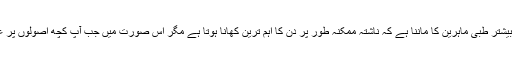
درحقیقت بیشتر طبی ماہرین کا ماننا ہے کہ ناشتہ ممکنہ طور پر دن کا اہم ترین کھانا ہوتا ہے مگر اس صورت میں جب آپ کچھ اصولوں پر عمل کریں۔